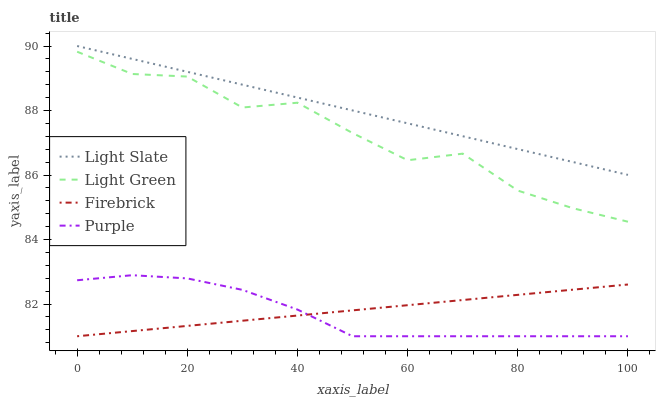
| xaxis_label | Light Slate | Light Green | Firebrick | Purple |
 | --- | --- | --- | --- | --- |
 | 0 | 90 | 89.8 | 81 | 82.7 |
 | 10 | 89.6 | 89.1 | 81.2 | 82.9 |
 | 20 | 89.2 | 89.1 | 81.3 | 82.8 |
 | 30 | 88.8 | 88.1 | 81.5 | 82.4 |
 | 40 | 88.4 | 88.2 | 81.6 | 81.8 |
 | 50 | 88 | 87.3 | 81.8 | 81 |
 | 60 | 87.6 | 86.5 | 82 | 81 |
 | 70 | 87.2 | 86.7 | 82.1 | 81 |
 | 80 | 86.8 | 85.5 | 82.3 | 81 |
 | 90 | 86.4 | 85 | 82.4 | 81 |
 | 100 | 86 | 84.6 | 82.6 | 81 |